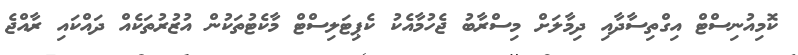
ކޮމިއުނިސްޓް އިގްތިސާދާއި ދިމާލަށް މިސްރާބު ޖެހުމާއެކު ކެޕިޓަލިސްޓް މާކެޓުތަކުން އުޒުރުތަކެއް ދައްކައި ރާއްޖެ